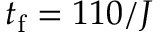
t _ { \mathrm { f } } = 1 1 0 / J